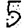
Digit: 5